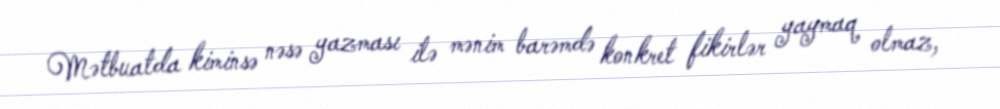
Mətbuatda kiminsə nəsə yazması ilə mənim barəmdə konkret fikirlər yaymaq olmaz,